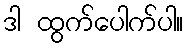
ဒါ ထွက်ပေါက်ပါ။